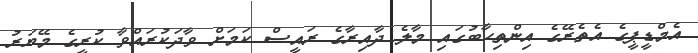
އެމްޑީޕީގެ އެތެރޭގެ އިންތިހާބުގައި މާލެ ދާއިރާގެ ރައީސް ކަމަށް ވާދަކުރައްވާ ކުރީގެ މޭޔަރު